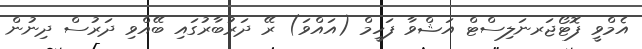
އެމްވީ ފޮޓޯޖަރނަލިސްޓް އަޝްވާ ފަހީމް (އައްވަ) ރޭ ދަރުބާރުގައި ބޭއްވި ދަރުސް ދިނުން